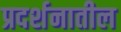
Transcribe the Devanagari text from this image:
प्रदर्शनातील